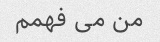
من می فهمم